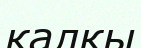
қалқы